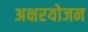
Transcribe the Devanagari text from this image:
अक्षरयोजन